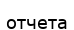
отчета